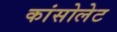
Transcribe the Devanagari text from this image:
कांसोलेट